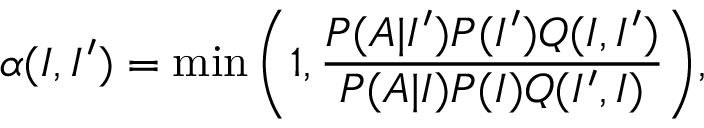
\alpha ( I , I ^ { \prime } ) = \operatorname* { m i n } { \left( 1 , \frac { P ( A | I ^ { \prime } ) P ( I ^ { \prime } ) Q ( I , I ^ { \prime } ) } { P ( A | I ) P ( I ) Q ( I ^ { \prime } , I ) } \right) } ,